Indian journal of veterinary science and animal husbandry - Volumes 28-29, 1958-1959
Year: 1958
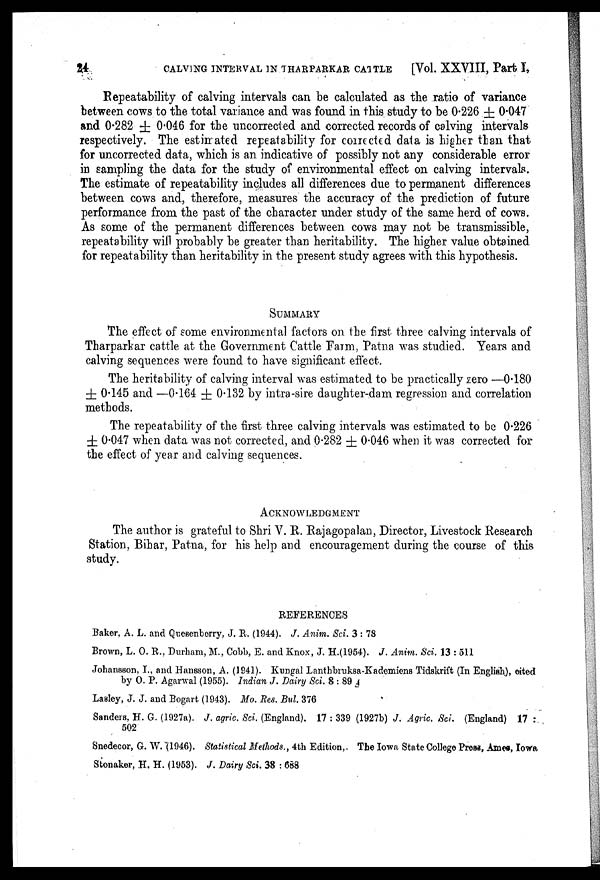
24
CALVING INTERVAL IN THARPARKAR CATTLE
[Vol. XXVIII, Part I,
Repeatability of calving intervals can be calculated as the ratio of variance
between cows to the total variance and was found in this study to be 0.226 ± 0.047
and 0.282 ± 0.046 for the uncorrected and corrected records of calving intervals
respectively. The estimated repeatability for corrected data is higher than that
for uncorrected data, which is an indicative of possibly not any considerable error
in sampling the data for the study of environmental effect on calving intervals.
The estimate of repeatability includes all differences due to permanent differences
between cows and, therefore, measures the accuracy of the prediction of future
performance from the past of the character under study of the same herd of cows.
As some of the permanent differences between cows may not be transmissible,
repeatability will probably be greater than heritability. The higher value obtained
for repeatability than heritability in the present study agrees with this hypothesis.
SUMMARY
The effect of some environmental factors on the first three calving intervals of
Tharparkar cattle at the Government Cattle Farm, Patna was studied. Years and
calving sequences were found to have significant effect.
The heritability of calving interval was estimated to be practically zero —0.180
± 0.145 and —0.164 ± 0.132 by intra-sire daughter-dam regression and correlation
methods.
The repeatability of the first three calving intervals was estimated to be 0.226
± 0.047 when data was not corrected, and 0.282 ± 0.046 when it was corrected for
the effect of year and calving sequences.
ACKNOWLEDGMENT
The author is grateful to Shri V. R. Rajagopalan, Director, Livestock Research
Station, Bihar, Patna, for his help and encouragement during the course of this
study.
REFERENCES
Baker, A. L. and Quesenberry, J. R. (1944). J. Anim. Sci. 3 : 78
Brown, L. O. R., Durham, M., Cobb, E. and Knox, J. H.(1954). J. Anim. Sci. 13 : 511
Johansson, I., and Hansson, A. (1941). Kungal Lanthbruksa-Kademiens Tidskrift (In English), cited
by O. P. Agarwal (1955). Indian J. Dairy Sci. 8 : 89
Lasley, J. J. and Bogart (1943). Mo. Res. Bul. 376
Sanders, H. G. (1927a). J. agric. Sci. (England). 17 : 339 (1927b) J. Agric. Sci. (England) 17 :
502
Snedecor, G. W. (1946). Statistical Methods., 4th Edition,. The Iowa State College Press, Ames, Iowa
Stonaker, H. H. (1953). J. Dairy Sci. 38 : 688